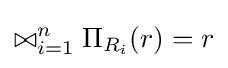
\bowtie _{i=1}^{n}\Pi _{R_{i}}(r)=r